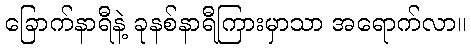
ခြောက်နာရီနဲ့ ခုနစ်နာရီကြားမှာသာ အရောက်လာ။